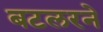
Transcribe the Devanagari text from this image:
बटलरने